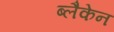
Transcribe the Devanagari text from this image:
ब्लैकेन